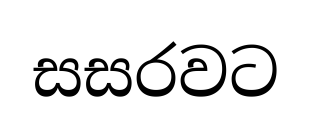
සසරවට